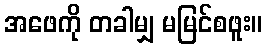
အဖေကို တခါမျှ မမြင်စဖူး။